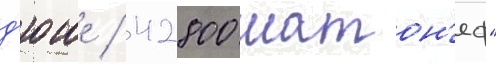
д'юше / 42800 шатон'еф"